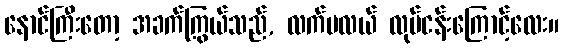
နောင်ကြီးတော့ အခက်ကြွယ်သည်, လက်မလယ် လုပ်ငန်းကြောင့်လေး။